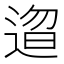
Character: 𬨰